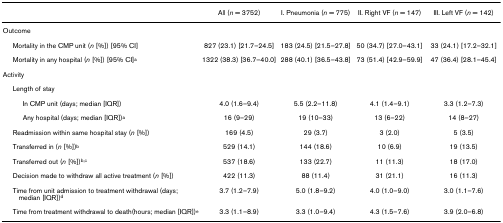
<table><thead><tr><td></td><td><b>All (<i>n </i>= 3752)</b></td><td><b>I. Pneumonia (<i>n </i>= 775)</b></td><td><b>II. Right VF (<i>n </i>= 147)</b></td><td><b>III. Left VF (<i>n </i>= 142)</b></td></tr></thead><tbody><tr><td>Outcome</td><td></td><td></td><td></td><td></td></tr><tr><td> Mortality in the CMP unit (<i>n </i>[%]) [95% CI]</td><td>827 (23.1) [21.7–24.5]</td><td>183 (24.5) [21.5–27.8]</td><td>50 (34.7) [27.0–43.1]</td><td>33 (24.1) [17.2–32.1]</td></tr><tr><td> Mortality in any hospital (<i>n </i>[%]) [95% CI]<sup>a</sup></td><td>1322 (38.3) [36.7–40.0]</td><td>288 (40.1) [36.5–43.8]</td><td>73 (51.4) [42.9–59.9]</td><td>47 (36.4) [28.1–45.4]</td></tr><tr><td>Activity</td><td></td><td></td><td></td><td></td></tr><tr><td> Length of stay</td><td></td><td></td><td></td><td></td></tr><tr><td>In CMP unit (days; median [IQR])</td><td>4.0 (1.6–9.4)</td><td>5.5 (2.2–11.8)</td><td>4.1 (1.4–9.1)</td><td>3.3 (1.2–7.3)</td></tr><tr><td>Any hospital (days; median [IQR])<sup>a</sup></td><td>16 (9–29)</td><td>19 (10–33)</td><td>13 (6–22)</td><td>14 (8–27)</td></tr><tr><td> Readmission within same hospital stay (<i>n </i>[%])</td><td>169 (4.5)</td><td>29 (3.7)</td><td>3 (2.0)</td><td>5 (3.5)</td></tr><tr><td> Transferred in (<i>n </i>[%])<sup>b</sup></td><td>529 (14.1)</td><td>144 (18.6)</td><td>10 (6.9)</td><td>19 (13.5)</td></tr><tr><td> Transferred out (<i>n </i>[%])<sup>b,c</sup></td><td>537 (18.6)</td><td>133 (22.7)</td><td>11 (11.3)</td><td>18 (17.0)</td></tr><tr><td> Decision made to withdraw all active treatment (<i>n </i>[%])</td><td>422 (11.3)</td><td>88 (11.4)</td><td>31 (21.1)</td><td>16 (11.3)</td></tr><tr><td> Time from unit admission to treatment withdrawal (days; median [IQR])<sup>d</sup></td><td>3.7 (1.2–7.9)</td><td>5.0 (1.8–9.2)</td><td>4.0 (1.0–9.0)</td><td>3.0 (1.1–7.6)</td></tr><tr><td> Time from treatment withdrawal to death(hours; median [IQR])<sup>e</sup></td><td>3.3 (1.1–8.9)</td><td>3.3 (1.0–9.4)</td><td>4.3 (1.5–7.6)</td><td>3.9 (2.0–6.8)</td></tr></tbody></table>